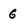
Character: 6